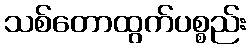
သစ်တောထွက်ပစ္စည်း